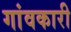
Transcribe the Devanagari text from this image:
गांवकारी